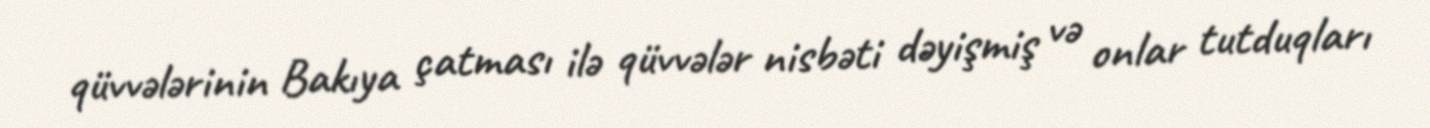
qüvvələrinin Bakıya çatması ilə qüvvələr nisbəti dəyişmiş və onlar tutduqları